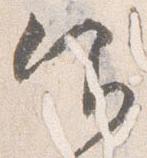
仰